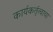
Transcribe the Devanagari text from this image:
कार्यकर्तृत्वाचा